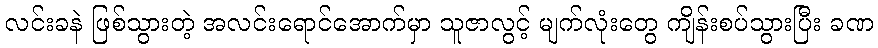
လင်းခနဲ ဖြစ်သွားတဲ့ အလင်းရောင်အောက်မှာ သူဇာလွင့် မျက်လုံးတွေ ကျိန်းစပ်သွားပြီး ခဏ